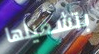
بتشغيلها